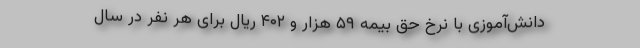
دانش‌آموزی با نرخ حقّ بیمه ۵۹ هزار و ۴۰۲ ریال برای هر نفر در سال